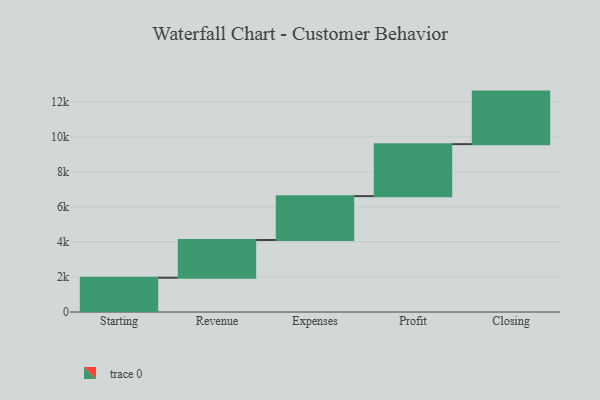
{"axis": {"x": "Step", "y": "Value"}, "legend": [""], "data": [{"x": "Starting", "y": 1957.0, "type": ""}, {"x": "Revenue", "y": 2153.0, "type": ""}, {"x": "Expenses", "y": 2506.0, "type": ""}, {"x": "Profit", "y": 2968.0, "type": ""}, {"x": "Closing", "y": 3000, "type": ""}]}